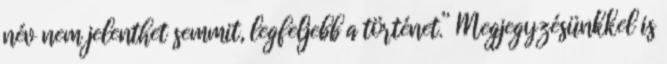
név nem jelenthet semmit, legfeljebb a történet.” Megjegyzésünkkel is